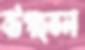
বটগাছতলা